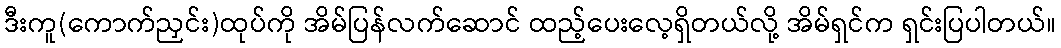
ဒီးကူ(ကောက်ညှင်း)ထုပ်ကို အိမ်ပြန်လက်ဆောင် ထည့်ပေးလေ့ရှိတယ်လို့ အိမ်ရှင်က ရှင်းပြပါတယ်။